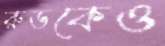
রুডকেও